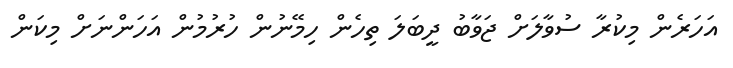
އަހަރެން މިކުރާ ސުވާލަށް ޖަވާބު ދީބަލަ ތިހެން ހިމޭނުން ހުރުމުން އަހަންނަށް މިކަން